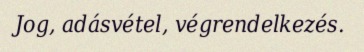
Jog, adásvétel, végrendelkezés.